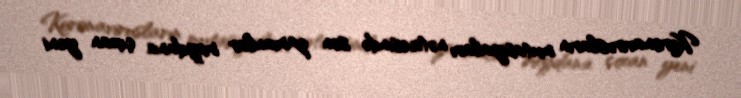
Koronavirusların mutasiyaları nəticəsində son zamanlar meydana çıxan yeni